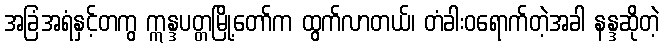
အခြံအရံနှင့်တကွ ဣန္ဒပတ္တမြို့တော်က ထွက်လာတယ်၊ တံခါးဝရောက်တဲ့အခါ နန္ဒဆိုတဲ့